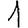
Digit: 1